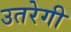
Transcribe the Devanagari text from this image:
उतरेगी